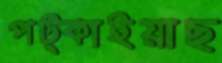
পট্‌কাইয়াছ